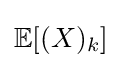
\mathbb {E} [(X)_{k}]